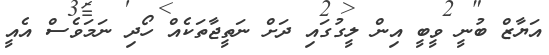
އަޔާޒް ބުނީ ވީބީ އިން ލީގުގައި ދަށް ނަތީޖާތަކެއް ހޯދި ނަމަވެސް އެއީ